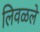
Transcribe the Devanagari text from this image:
लिवळले